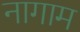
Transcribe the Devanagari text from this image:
नागाम